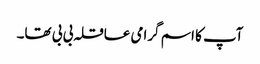
آپ کا اسم گرامی عاقلہ بی بی تھا۔